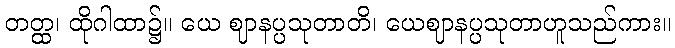
တတ္ထ၊ ထိုဂါထာ၌။ ယေ ဈာနပ္ပသုတာတိ၊ ယေဈာနပ္ပသုတာဟူသည်ကား။